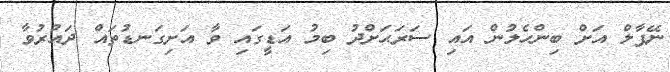
ނޭޕާލް އަށް ބިންހެލުން އައި ސަރަޙަށްދު ބިމު އަޑީގައި ވާ އަށިގަނޑުތައް ދައުރުވާ